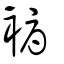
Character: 褥